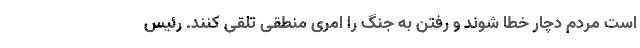
است مردم دچار خطا شوند و رفتن به جنگ را امری منطقی تلقی کنند. رئیس